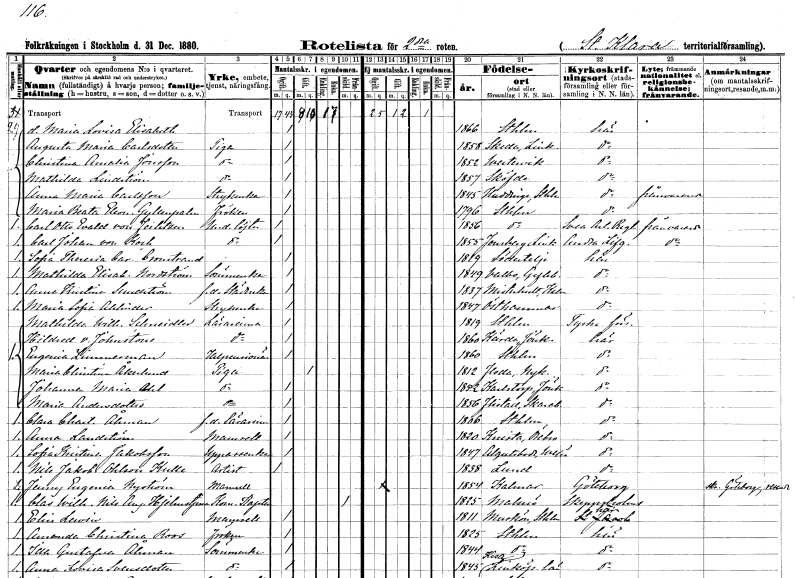
gt_parse: households: individuals: FN: Maria Lovisa Elisabeth
KON: K
CIV: O
FODAR: 1866
FODFORS: Stockholm
FN: Augusta Maria
EN: Carlsdotter
YRKE: Piga
KON: K
CIV: O
FODAR: 1858
FODFORS: Skeda Östergötlands län
FN: Christina Amalia
EN: Jonsson
YRKE: Piga
KON: K
CIV: O
FODAR: 1852
FODFORS: Västervik Kalmar län
FN: Mathilda
EN: Lindström
YRKE: Piga
KON: K
CIV: O
FODAR: 1857
FODFORS: Skövde Skaraborgs län
FN: Anna Maria
EN: Carlsson
YRKE: Strykerska
KON: K
CIV: O
FODAR: 1845
FODFORS: Huddinge Stockholms län
FN: Maria Beata Eleonora
EN: Gyllenpalm
KON: K
CIV: O
FODAR: 1796
FODFORS: Stockholm
FN: Carl Otto Evald
EN: von Feilitzen
YRKE: Underlöjtnant
KON: M
CIV: O
FODAR: 1856
FODFORS: Stockholm
FN: Carl Johan
EN: von Koch
YRKE: Underlöjtnant
KON: M
CIV: O
FODAR: 1855
FODFORS: Jonsberg Östergötlands län
FN: Sofia Theresia Carolina
EN: Cronstrand
KON: K
CIV: O
FODAR: 1819
FODFORS: Södertälje Stockholms län
FN: Mathilda Elisabeth
EN: Nordström
YRKE: Sömmerska
KON: K
CIV: O
FODAR: 1849
FODFORS: Valbo Gävleborgs län
FN: Anna Kristina
EN: Sundström
YRKE: Städerska f.d.
KON: K
CIV: O
FODAR: 1837
FODFORS: Misterhult Kalmar län
FN: Maria Sofia
EN: Ahlinder
YRKE: Strykerska
KON: K
CIV: O
FODAR: 1847
FODFORS: Östhammar Uppsala län
FN: Mathilda Wilhelmina
EN: Schneidler
YRKE: Lärarinna
KON: K
CIV: O
FODAR: 1819
FODFORS: Stockholm
FN: Hildred
EN: von Johnstone
YRKE: Lärarinna
KON: K
CIV: O
FODAR: 1860
FODFORS: Kärda Jönköpings län
FN: Eugenia
EN: Zimmerman
YRKE: Helpensionär
KON: K
CIV: O
FODAR: 1860
FODFORS: Stockholm
FN: Maria Christina
EN: Åkerlund
YRKE: Piga
KON: K
CIV: G
FODAR: 1812
FODFORS: Floda Södermanlands län
FN: Johanna Maria
EN: Ahl
YRKE: Piga
KON: K
CIV: O
FODAR: 1852
FODFORS: Karlstorp Jönköpings län
FN: Maria
EN: Andersdotter
YRKE: Piga
KON: K
CIV: O
FODAR: 1856
FODFORS: Flistad Skaraborgs län
FN: Clara Charlotta
EN: Åhman
YRKE: Lärarinna f.d.
KON: K
CIV: O
FODAR: 1806
FODFORS: Stockholm
FN: Anna
EN: Landström
KON: K
CIV: O
FODAR: 1820
FODFORS: Knista Örebro län
FN: Sofia Kristina
EN: Jakobsson
YRKE: Uppasserska
KON: K
CIV: O
FODAR: 1847
FODFORS: Algutsboda Kalmar län
FN: Nils Jakob
EN: Ohlson Kulle
YRKE: Artist
KON: M
CIV: O
FODAR: 1838
FODFORS: Lund Malmöhus län
FN: Jenny Eugenia
EN: Nyström
KON: K
CIV: O
FODAR: 1854
FODFORS: Kalmar Kalmar län
FN: Clas Wilhelm Nils August
EN: Hjelmstjerna
YRKE: Kommendörkapten
KON: M
CIV: X
FODAR: 1825
FODFORS: Malmö Malmöhus län
FN: Elin
EN: Levin
KON: K
CIV: O
FODAR: 1811
FODFORS: Muskö Stockholms län
FN: Amanda Christina
EN: Roos
KON: K
CIV: O
FODAR: 1825
FODFORS: Stockholm
FN: Ida Gustafva
EN: Åhman
YRKE: Sömmerska
KON: K
CIV: O
FODAR: 1844
FODFORS: Stockholm